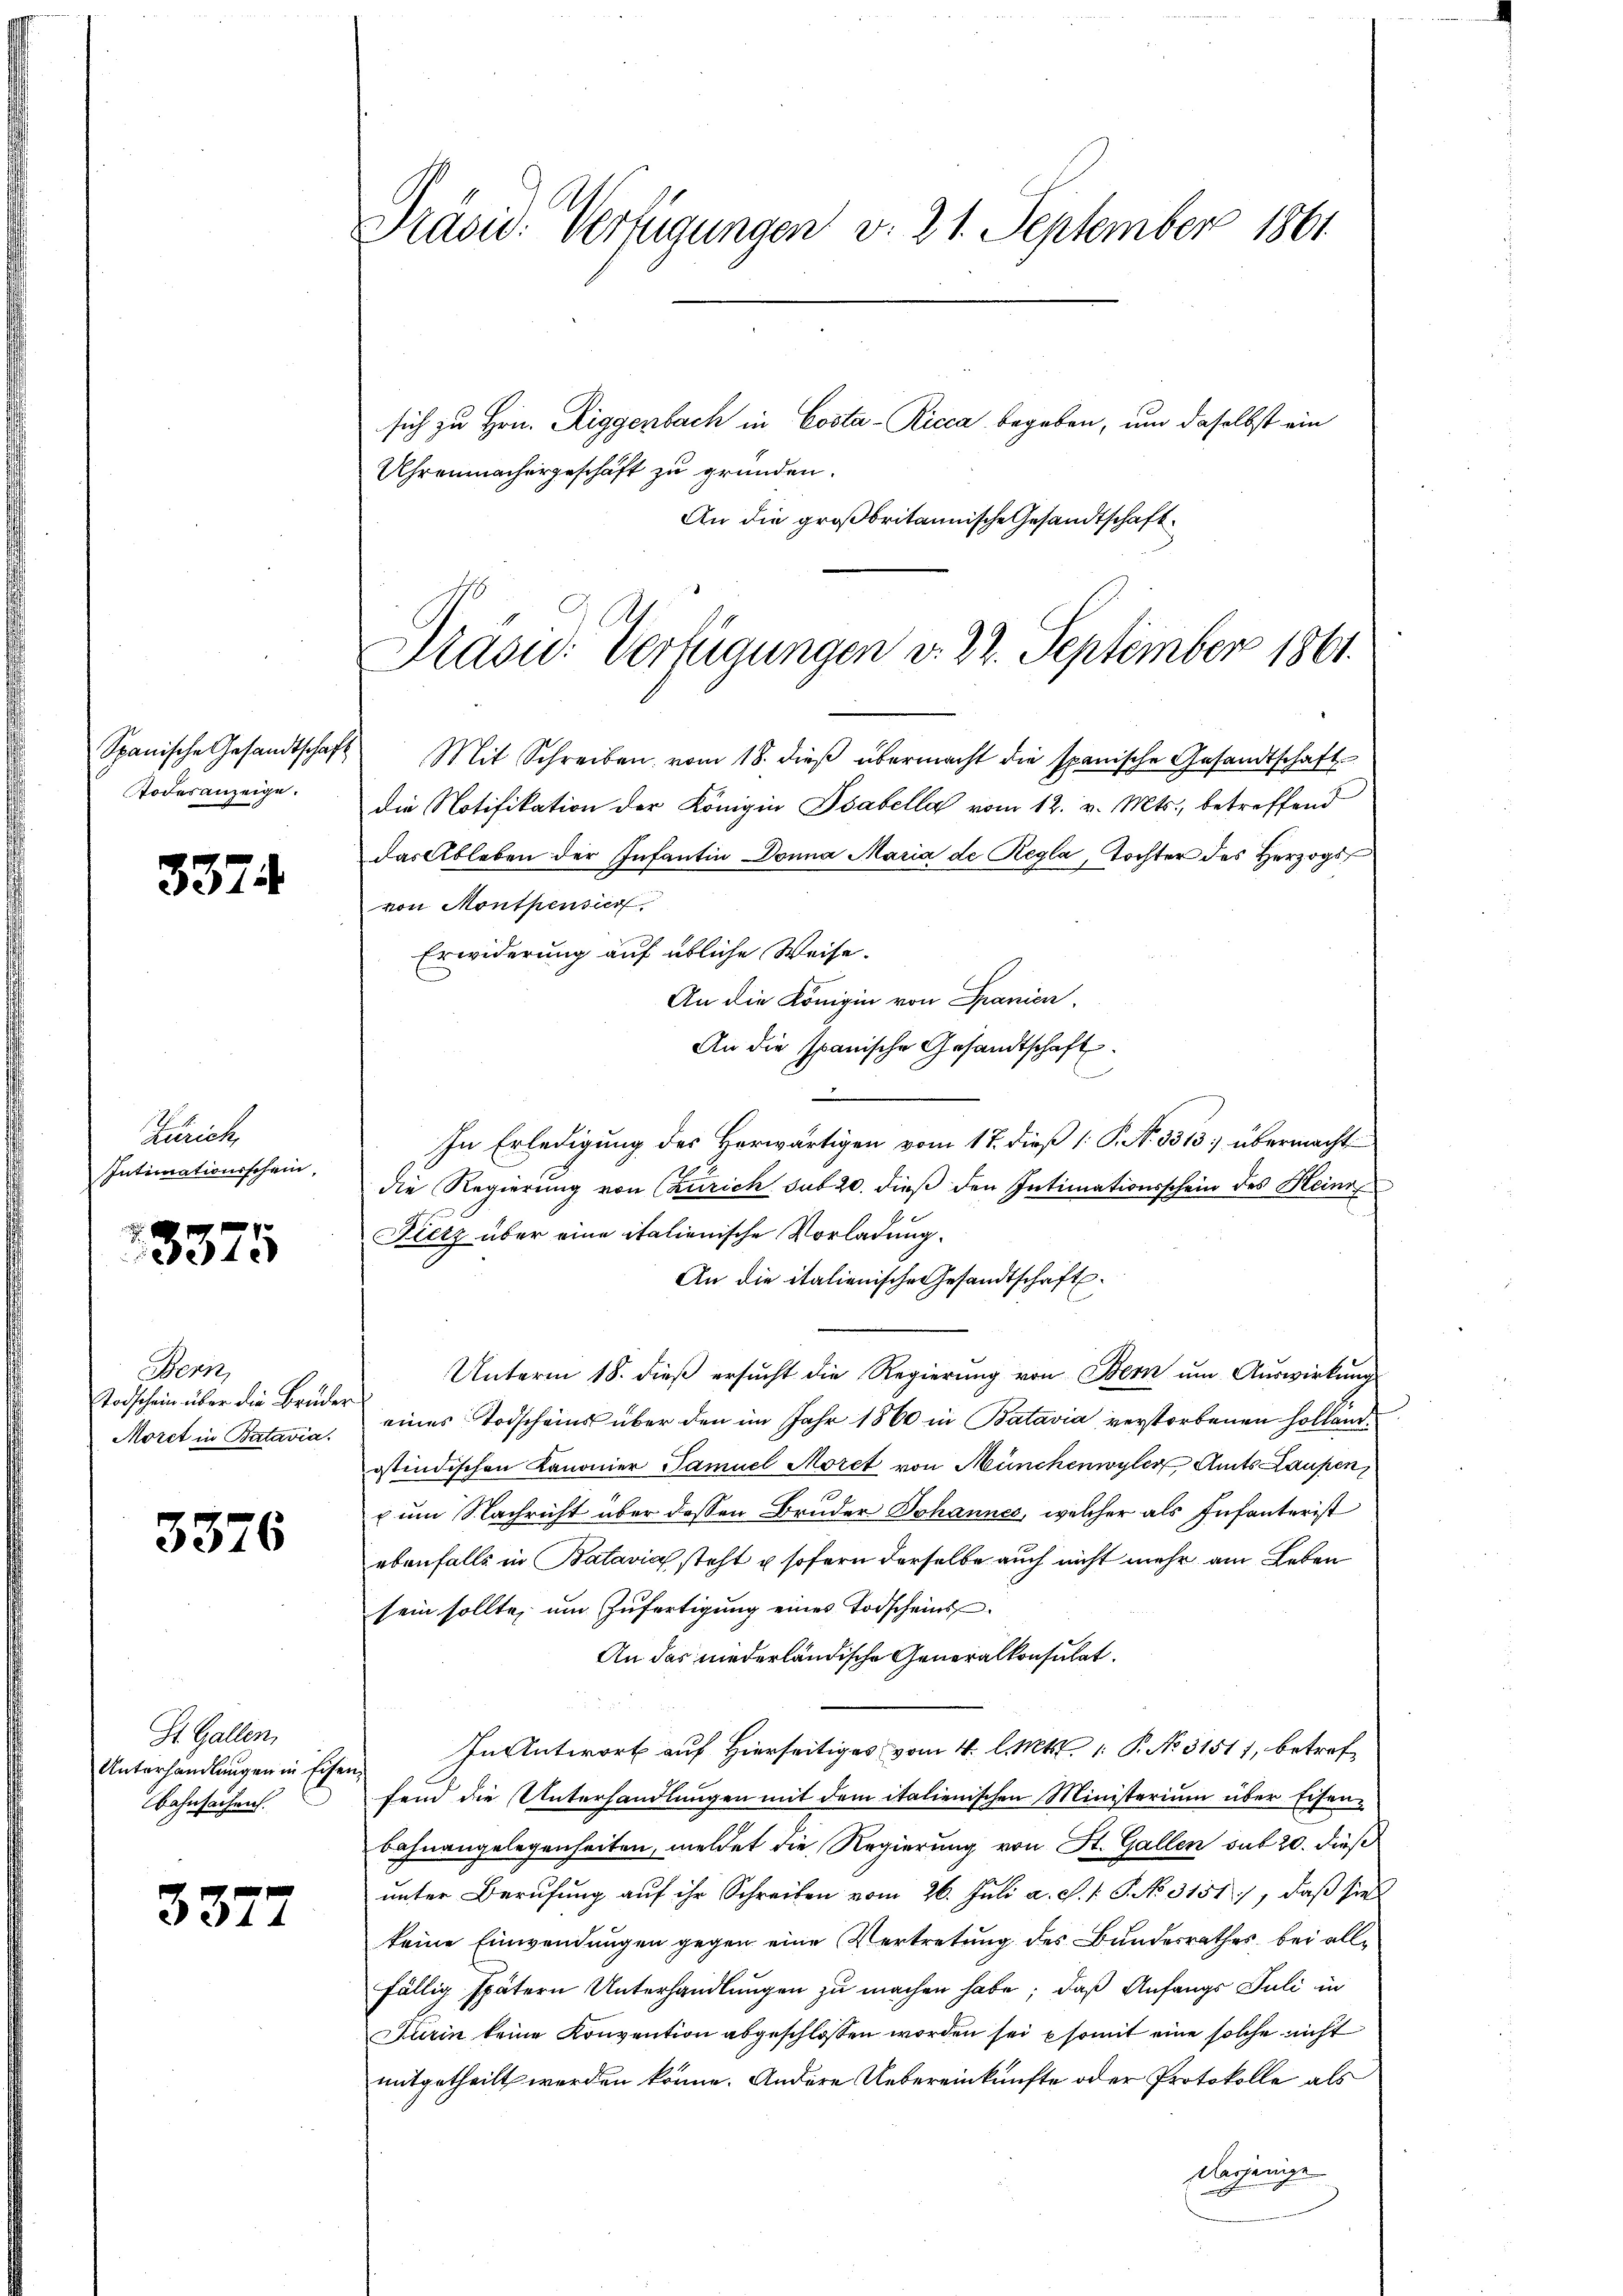
Spanische Gesandtschaf
Todesanzeige.

3374.

Zürich,
Intimationsschein

.
3375

Bern
Todschein über die Brüder
Morct in Batavia.

3376

St. Gallen,
Unterhandlungen in Eiser
Bahnsachen

3372

Präsid. Verfügungen v. 21. September 1861

sich zu Hrn. Riggenbach in Costa-Ricca begeben, um daselbst ein
Uhrenmachergeschäft zu gründen.
An die großbritannische Gesandtschaft.

Präsid. Verfügungen v. 22. September 1861.
G

Mit Schreiben vom 18. dieβ übermacht die spanische Gesandtschaft
die Notifikation der Königin Isabella vom 12. v. Mts., betreffend
das Ableben der Infantin Donna Maria de Regla, Tochter des Herzogs
von Montpensier
Erwiderung auf übliche Weise.
An die Königin von Spanien.
An die spanische Gesandtschaft.
—
In Erledigung des Herwärtigen vom 17. dieß 1: P. N. 3513] übermacht
die Regierung von Caurich sub 20. dieß den Intimationsschein des Heinr
Fierz über eine italienische Vorladung.
An die italienische Gesandtschaft.
Unterm 18. dieß ersucht die Regierung von Bern um Auswirkung
eines Todscheins über den im Jahr 1860 in Batavia verstorbenen Hollänostindischen Kanonier Samuel Moret von Münchenwyler Amts Laufen,
u um Nachricht über dessen Bruder Johannes, welcher als Infanterist
ebenfalls in Batavia steht u sofern derselbe auch nicht mehr am Leben
sein sollte, um Zufertigung eines Todscheins¬
An das niederländische Generalkonsulat.
In Antwort auf Hierseitiges vom 4. l. Mtt. 1: P. No 31517, betreffend die Unterhandlungen mit dem italienischen Ministerium über Eisen¬
Bahnangelegenheiten, meldet die Regierung von St. Gallen sub 20. dieß
unter Berufung auf ihr Schreiben vom 26. Juli a. c. s. S. No 3151), daß sie
keine Einwendungen gegen eine Vertretung des Bundesrathes, bei allfällig spätern Unterhandlungen zu machen habe; daß Anfangs Juli in
Furin keine Konvention abgeschlossen worden sei somit eine solche nicht
mitgetheilt werden könne. Andere Uebereinkünfte oder Protokolle als
Dasjenige